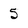
Character: 5